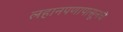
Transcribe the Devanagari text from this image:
लहानपणापासूनचे